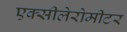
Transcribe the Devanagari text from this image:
एक्सीलेरोमीटर